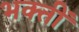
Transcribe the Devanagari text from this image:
भक्तीं